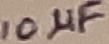
Text: 10µF